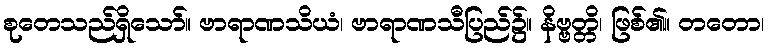
စုတေသည်ရှိသော်။ ဗာရာဏသိယံ၊ ဗာရာဏသီပြည်၌။ နိဗ္ဗတ္တိ၊ ဖြစ်၏။ တတော၊